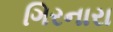
ગિરનારા